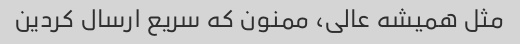
مثل همیشه عالی، ممنون که سریع ارسال کردین